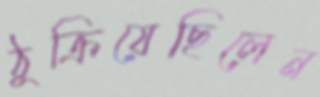
ঠুক্‌রিয়েছিলেন